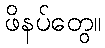
ဖိနပ်တွေ။